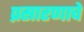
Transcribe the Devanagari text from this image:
प्रसारणाचे